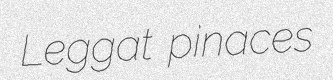
Leggat pinaces